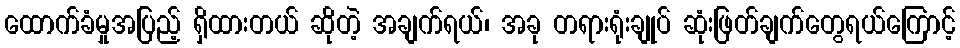
ထောက်ခံမှုအပြည့် ရှိထားတယ် ဆိုတဲ့ အချက်ရယ်၊ အခု တရားရုံးချုပ် ဆုံးဖြတ်ချက်တွေရယ်ကြောင့်